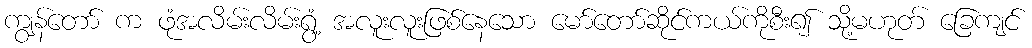
ကျွန်တော် က ဖုံအလိမ်းလိမ်းရွံ့ အလူးလူးဖြစ်နေသော မော်တော်ဆိုင်ကယ်ကိုစီး၍ သို့မဟုတ် ခြေကျင်